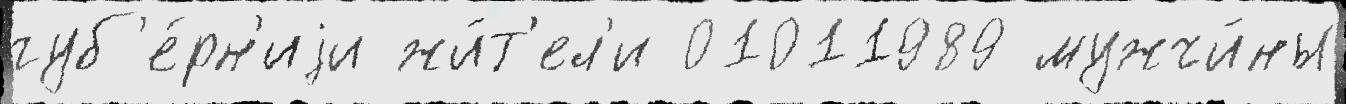
губ'е́рн'иjи жи́т'ел'и 01011989 мужчи́ны